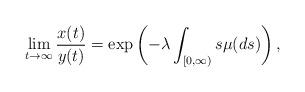
LaTeX: \begin{align*} \lim_{t\to\infty} \frac{x(t)}{y(t)} =\exp\left(-\lambda\int_{[0,\infty)} s\mu(ds)\right),\end{align*}